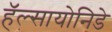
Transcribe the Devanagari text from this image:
हॅल्सायोनिडे